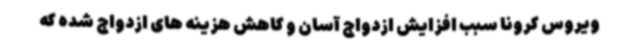
ویروس کرونا سبب افزایش ازدواج آسان و کاهش هزینه های ازدواج شده که